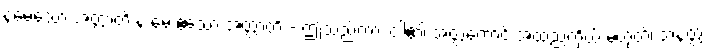
နမေသော အတ္တာတိ န မေ ဧသော အတ္တာတိ - ဤသည်ကား ငါ၏ အတ္တကောင် အထည်ကိုယ် မဟုတ်၊ အနတ္တ